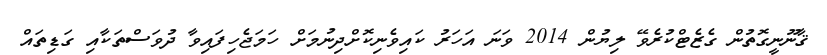
ޤާނޫނީގޮތުން ގެޒެޓްކުރެވޭ ލިޔުން 2014 ވަނަ އަހަރު ކައިވެނިކޮށްދިނުމަށް ހަމަޖެހިފައިވާ ދުވަސްތަކާއި ގަޑިތައް